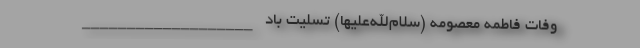
وفات فاطمه معصومه (سلام‌الله‌علیها) تسلیت باد ___________________